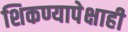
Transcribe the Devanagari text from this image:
शिकण्यापेक्षाही